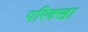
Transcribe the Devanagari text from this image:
परिक्खा